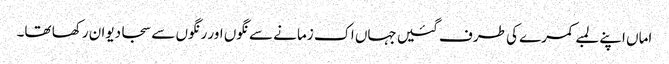
اماں اپنے لمبے کمرے کی طرف گئیں جہاں اک زمانے سے نگوں اور رنگوں سے سجا دیوان رکھا تھا۔